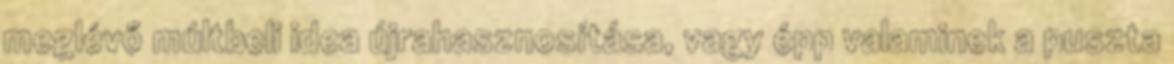
meglévő múltbeli idea újrahasznosítása, vagy épp valaminek a puszta